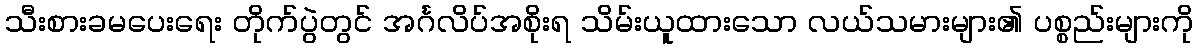
သီးစားခမပေးရေး တိုက်ပွဲတွင် အင်္ဂလိပ်အစိုးရ သိမ်းယူထားသော လယ်သမားများ၏ ပစ္စည်းများကို